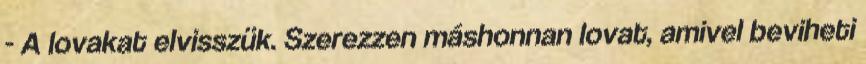
- A lovakat elvisszük. Szerezzen máshonnan lovat, amivel beviheti